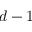
d - 1